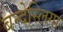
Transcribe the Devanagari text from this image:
बन्देस्लिगा